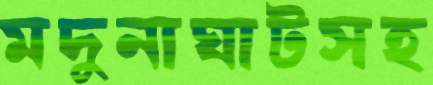
মদুনাঘাটসহ